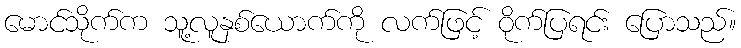
မောင်သိုက်က သူ့လူနှစ်ယောက်ကို လက်ဖြင့် ဝိုက်ပြရင်း ပြောသည်။